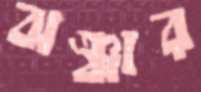
ঝঞ্ঝার